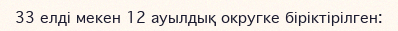
33 елді мекен 12 ауылдық округке біріктірілген: